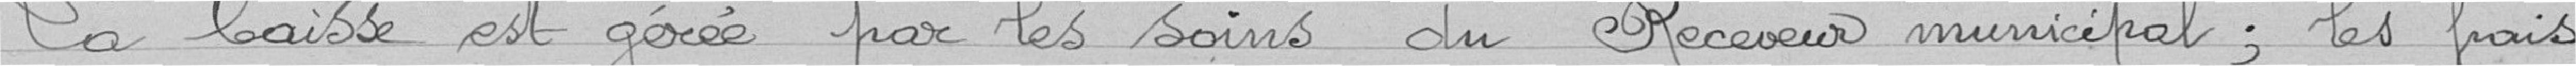
La caisse est gérée par les soins du Receveur municipal ; les frais